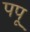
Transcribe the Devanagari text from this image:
पपू